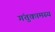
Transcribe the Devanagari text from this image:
गंतुकामस्य